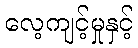
လေ့ကျင့်မှုနှင့်